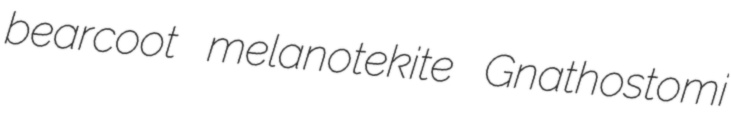
bearcoot melanotekite Gnathostomi